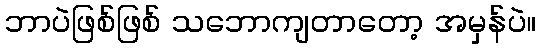
ဘာပဲဖြစ်ဖြစ် သဘောကျတာတော့ အမှန်ပဲ။